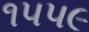
૧૫૫૯